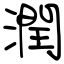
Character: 潤